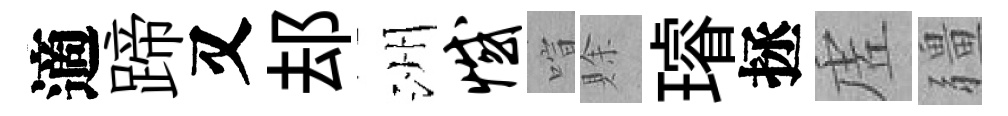
適蹄又𨚫洲憾喧賖璿拯虗疆